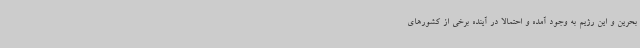
بحرین و این رژیم به وجود آمده و احتمالاً در آینده برخی از کشورهای